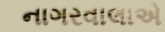
નાગરવાલાએ